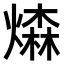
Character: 𤏗